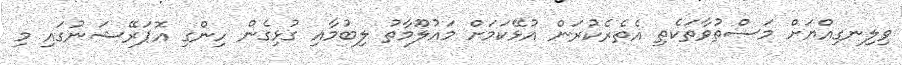
ވިލިނގިއްޔަށް މަސްތުވާތަކެތި އެތެރެކުރަން އުޅޭކަމަށް މައުލޫމާތު ލިބުމާއި ގުޅިގެން ހިންގި އޮޕަރޭޝަނުގައި މި